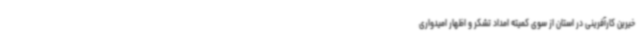
خیرین کارآفرینی در استان از سوی کمیته امداد تشکر و اظهار امیدواری